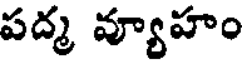
పద్మ వ్యూహం